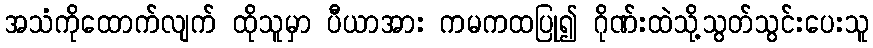
အသံကိုထောက်လျက် ထိုသူမှာ ပီယာအား ကမကထပြု၍ ဂိုဏ်းထဲသို့သွတ်သွင်းပေးသူ